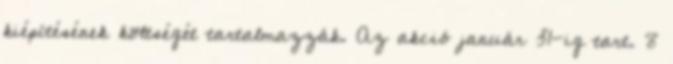
kiépítésének költségét tartalmazzák. Az akció január 31-ig tart. 8